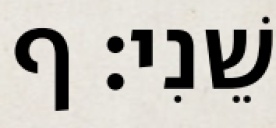
שֵׁנִי׃ ף